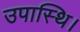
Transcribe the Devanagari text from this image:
उपास्थि।